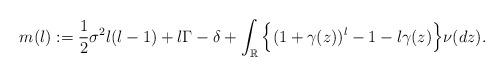
LaTeX: \begin{align*}m(l):=\frac{1}{2}\sigma^2l(l-1)+l\Gamma-\delta+\int_\mathbb{R}\Big\{(1+\gamma(z))^l-1-l\gamma(z)\Big\}\nu(dz).\end{align*}